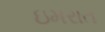
ઇમરાત